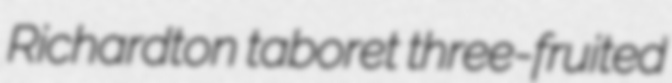
Richardton taboret three-fruited